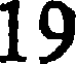
19